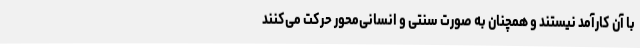
با آن کارآمد نیستند و همچنان به صورت سنتی و انسانی‌محور حرکت می‌کنند